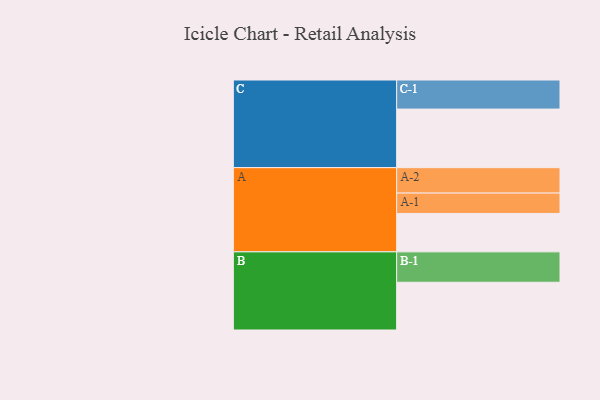
{"axis": {"x": "Segment", "y": "Value"}, "legend": ["", "A", "B", "C"], "data": [{"x": "A", "y": 375, "type": ""}, {"x": "B", "y": 466, "type": ""}, {"x": "C", "y": 572, "type": ""}, {"x": "A-1", "y": 199, "type": "A"}, {"x": "A-2", "y": 248, "type": "A"}, {"x": "B-1", "y": 297, "type": "B"}, {"x": "C-1", "y": 284, "type": "C"}]}